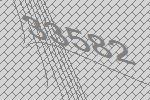
33582